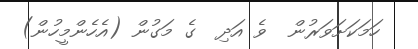
ހަމަކަށަވަރުން  ވެ އަދި  ގެ މަގުން (އެހެންމީހުން)